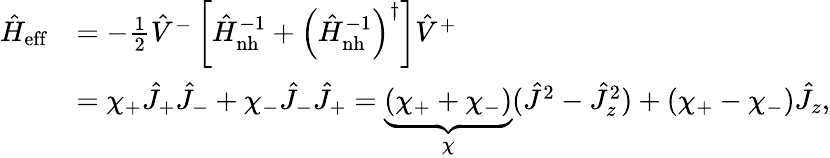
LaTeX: \begin{array}{rl}{\hat{H}_{\mathrm{eff}}}&{=-\frac{1}{2}\hat{V}^{-}\left[\hat{H}_{\mathrm{nh}}^{-1}+\left(\hat{H}_{\mathrm{nh}}^{-1}\right)^{\dagger}\right]\hat{V}^{+}}\\ &{=\chi_{+}\hat{J}_{+}\hat{J}_{-}+\chi_{-}\hat{J}_{-}\hat{J}_{+}=\underbrace{(\chi_{+}+\chi_{-})}_{\chi}(\hat{J}^{2}-\hat{J}_{z}^{2})+(\chi_{+}-\chi_{-})\hat{J}_{z},}\end{array}